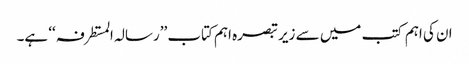
ان کی اہم کتب میں سے زیر تبصرہ اہم کتاب ’’رسالہ المستطرفہ ‘‘ ہے۔